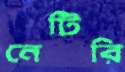
নেটিরি